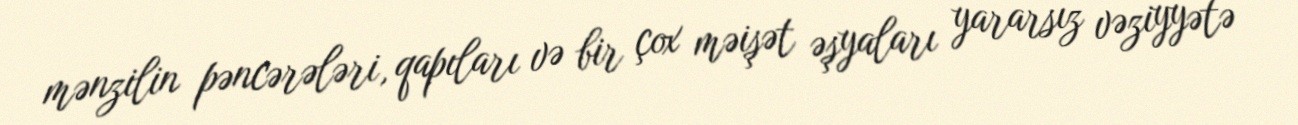
mənzilin pəncərələri, qapıları və bir çox məişət əşyaları yararsız vəziyyətə